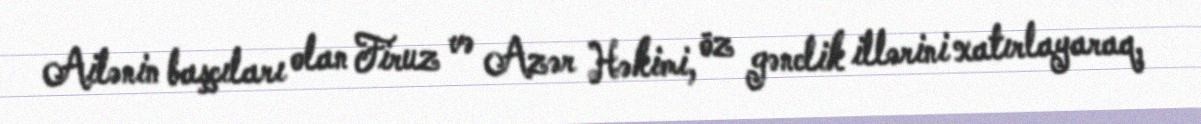
Ailənin başçıları olan Firuz və Azər Həkimi, öz gənclik illərini xatırlayaraq,